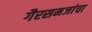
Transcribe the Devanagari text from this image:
गैरसमजांचा